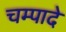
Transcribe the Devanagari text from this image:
चम्पादे